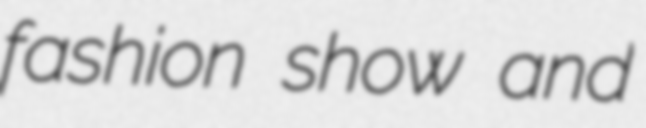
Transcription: fashion show and